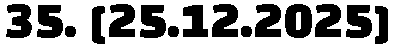
35. [25.12.2025]